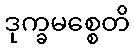
ဒုက္ခမစ္စေတိ